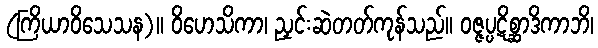
(ကြိယာဝိသေသန)။ ဝိဟေသိကာ၊ ညှင်းဆဲတတ်ကုန်သည်။ ဝဇ္ဇပ္ပဋိစ္ဆာဒိကာဘိ၊